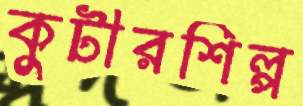
কুটীরশিল্প